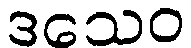
ဒသေဝ